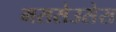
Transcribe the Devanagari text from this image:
मससेउसेस